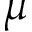
\mu